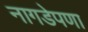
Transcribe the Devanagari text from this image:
नागडेपणा